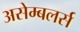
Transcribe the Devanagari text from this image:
असेम्बलर्स